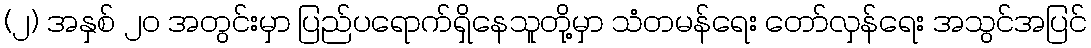
(၂) အနှစ် ၂၀ အတွင်းမှာ ပြည်ပရောက်ရှိနေသူတို့မှာ သံတမန်ရေး တော်လှန်ရေး အသွင်အပြင်